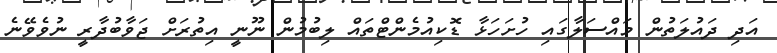
އަދި ދައުލަތުން މައްސަލާގައި ހުށަހަޅާ ޑޮކިއުމެންޓްތައް ލިބުމުން ނޫނީ އިތުރަށް ޖަވާބުދާރީ ނުވެވޭނެ